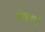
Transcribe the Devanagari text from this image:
मंत्रार्थ